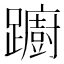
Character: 躕